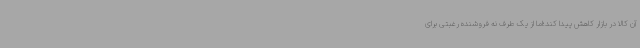
آن کالا در بازار کاهش پیدا کند؛اما از یک طرف نه فروشنده رغبتی برای